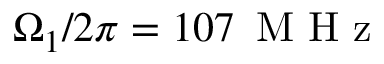
\Omega _ { 1 } / 2 \pi = 1 0 7 \, \mathrm { ~ M ~ H ~ z ~ }